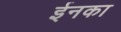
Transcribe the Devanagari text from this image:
ईनका